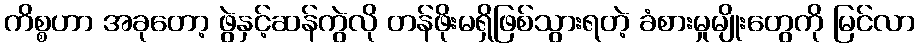
ကိစ္စဟာ အခုတော့ ဖွဲနှင့်ဆန်ကွဲလို တန်ဖိုးမရှိဖြစ်သွားရတဲ့ ခံစားမှုမျိုးတွေကို မြင်လာ